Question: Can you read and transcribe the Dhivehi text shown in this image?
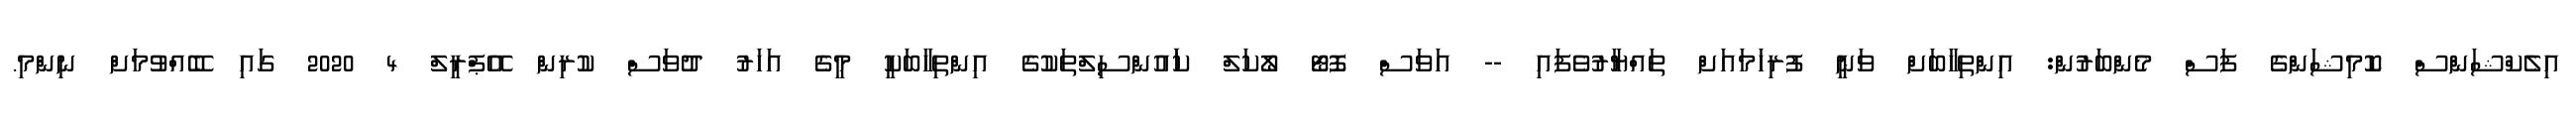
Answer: އިލެކްޝަންސް ކޮމިޝަންގެ ފަސް މެންބަރުން: އިންތިހާބަށް ވަނީ ފުރިހަމައަށް ތައްޔާރުވެފައި -- އަވަސް ފޮޓޯ ލޯކަލް ކަައުންސިލްތަކުގެ އިންތިހާބަކީ މީގެ އަހަރު ދުވަސް ކުރިން އޭޕްރީލް 4 2020 ގައި ބޭއްވުމަށް ނިންމި.